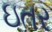
ઇતર